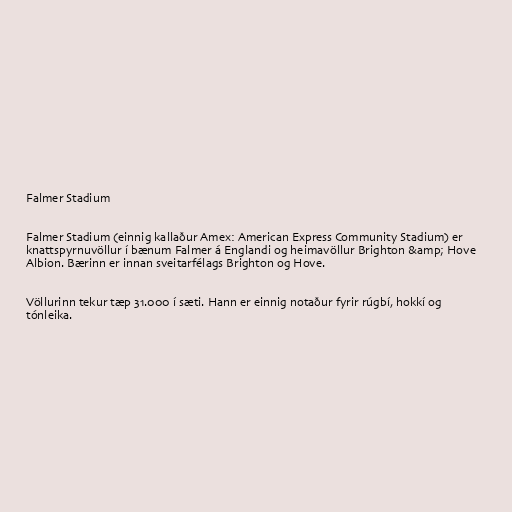
Falmer Stadium

Falmer Stadium (einnig kallaður Amex: American Express Community Stadium) er
knattspyrnuvöllur í bænum Falmer á Englandi og heimavöllur Brighton &amp; Hove
Albion. Bærinn er innan sveitarfélags Brighton og Hove.

Völlurinn tekur tæp 31.000 í sæti. Hann er einnig notaður fyrir rúgbí, hokkí og
tónleika.